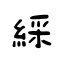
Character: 綵